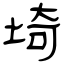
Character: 埼